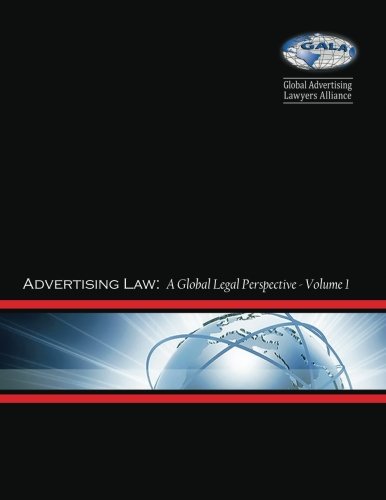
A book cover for Advertising Law I: A Global Legal Perspective: Volume I: Argentina - Japan (Advertising Law: A Global Legal Perspective) (Volume 1); Global Advertising Lawyers Alliance; Law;